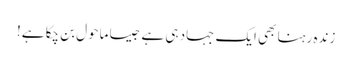
زندہ رہنا بھی ایک جہاد ہی ہے جیسا ماحول بن چکا ہے!